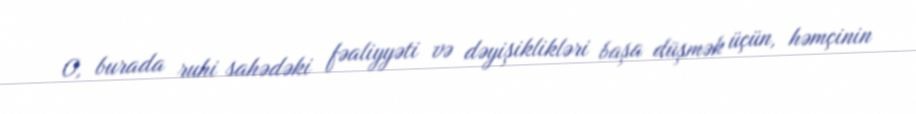
O, burada ruhi sahədəki fəaliyyəti və dəyişiklikləri başa düşmək üçün, həmçinin